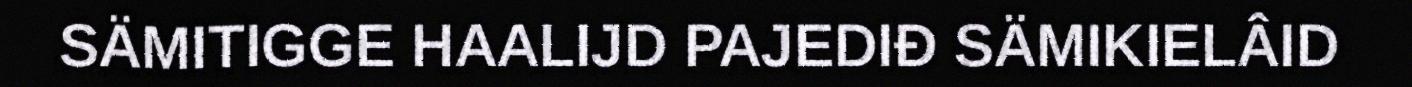
SÄMITIGGE HAALIJD PAJEDIĐ SÄMIKIELÂID